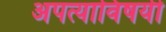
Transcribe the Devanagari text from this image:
अपत्याविषयी